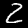
Digit: 2